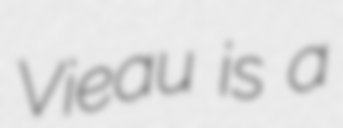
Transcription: Vieau is a